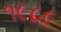
૧૯૮૯